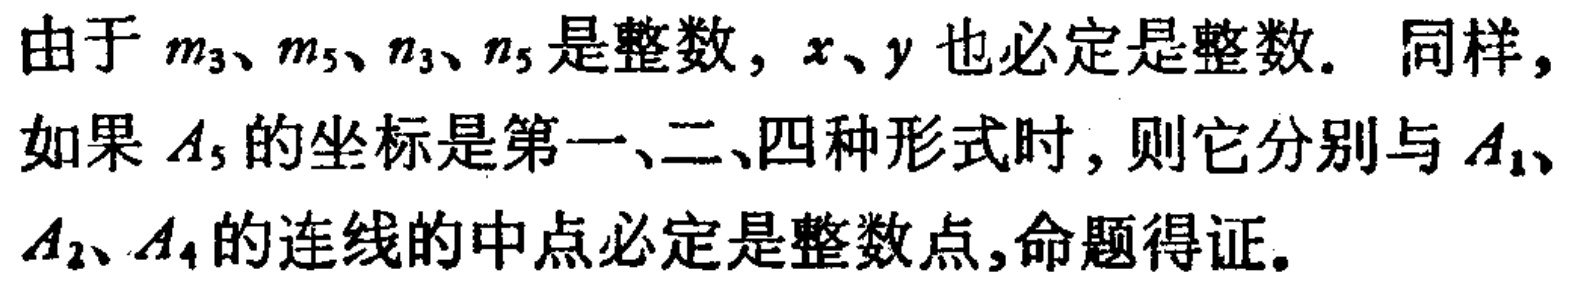
由于 \(m_3、m_5、n_3、n_5\) 是整数，\(x、y\) 也必定是整数. 同样，如果 \(A_5\) 的坐标是第一、二、四种形式时，则它分别与 \(A_1、A_2、A_4\) 的连线的中点必定是整数点,命题得证.